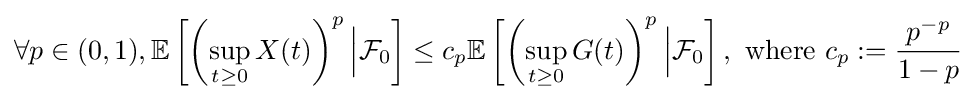
\forall p\in (0,1),\mathbb {E} \left[\left(\sup _{t\geq 0}X(t)\right)^{p}{\Big \vert }{\mathcal {F}}_{0}\right]\leq c_{p}\mathbb {E} \left[\left(\sup _{t\geq 0}G(t)\right)^{p}{\Big \vert }{\mathcal {F}}_{0}\right],{\text{ where }}c_{p}:={\frac {p^{-p}}{1-p}}